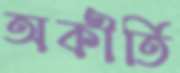
অকীর্তি